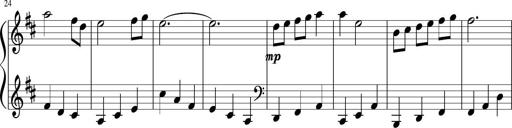
Title: Sonatine Nr.1 in C-Dur
Composer: DÃ©sirÃ©e Manns
Key: C major